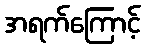
အရက်ကြောင့်